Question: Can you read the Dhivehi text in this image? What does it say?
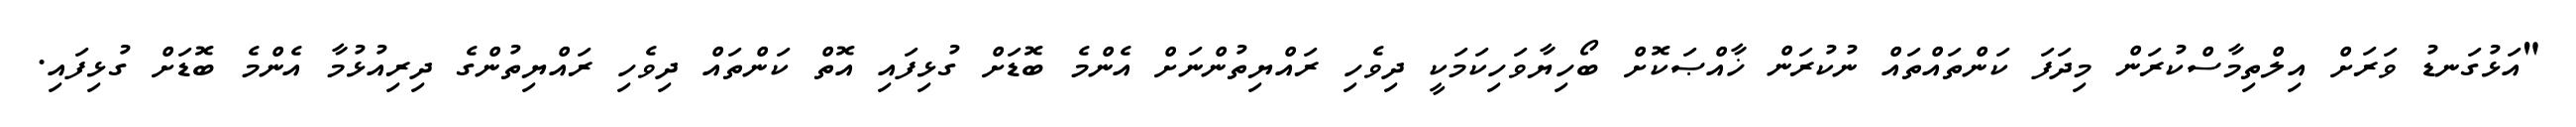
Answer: "އަޅުގަނޑު ވަރަށް އިލްތިމާސްކުރަން މިދަފަ ކަންތައްތައް ނުކުރަން ޚާއްޞަކޮށް ބޯހިޔާވަހިކަމަކީ ދިވެހި ރައްޔިތުންނަށް އެންމެ ބޮޑަށް ގުޅިފައި އޮތް ކަންތައް ދިވެހި ރައްޔިތުންގެ ދިރިއުޅުމާ އެންމެ ބޮޑަށް ގުޅިފައި.